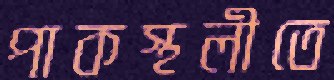
পাকস্থলীতে